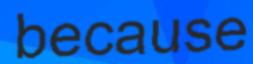
because